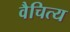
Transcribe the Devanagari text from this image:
वैचित्य